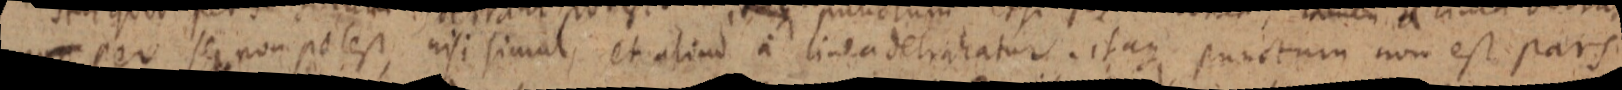
non per se non potest, nisi simul, et aliud a linea detrahatur. itaque punctum non est pars